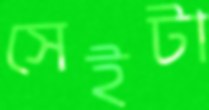
সেইটা